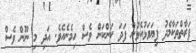
ފަރާތްތަކާމެދު ފިޔަވަޅުއެޅުން ފަދަ ކަންކަން ވެސް ހިމެނެއެވެ. އަދި މި ނޫން ވެސް